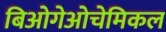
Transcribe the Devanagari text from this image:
बिओगेओचेमिकल